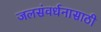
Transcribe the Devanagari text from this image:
जलसंवर्धनासाठी